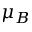
\mu _ { B }